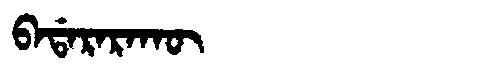
Manchu: ᠪᠠᡩᠠᡵᠠᡵᠠᡴᡡ
Romanization: BADARARAKŪ